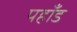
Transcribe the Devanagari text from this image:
पहाँड